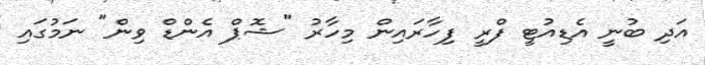
އަދި ބުނީ އެޑިއުޓީ ފްރީ ފިހާރައިން މިހާރު "ޝޮޕް އެންޑް ވިން" ނަމުގައި